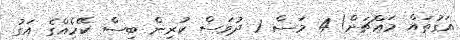
އަގުތައް މައްޗަށް! 4 މަސް 1 ދުވަސް ކުރިން ބިސް ކޭހެއްގެ އަގު